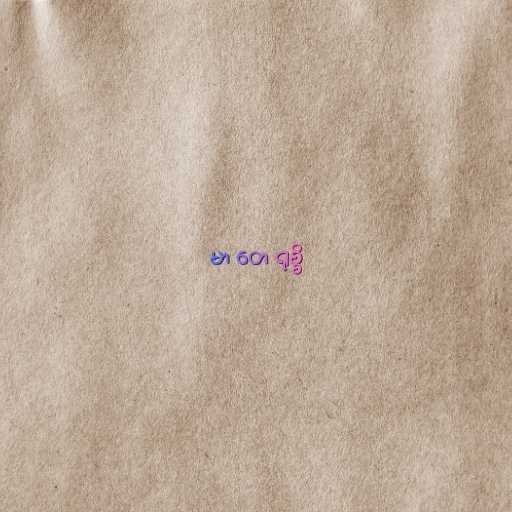
မာ တေ ရုစ္စိ